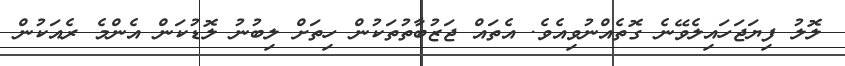
ލޮލު ފިޔަޖަހައިލެވޭނެ ގޮތެއްނުވިއެވެ. އެތައް ޖަޒުބާތުތަކުން ހިތަށް ލިބުނު ލޮޑުކަން އެންމެ ރެއަކުން